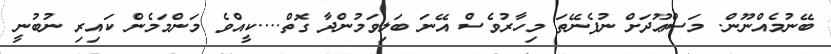
ބޭނުމެއްނޫން. މަސްޢޫދަށް ނުފެނޭތަ މިހާރުވެސް އޭނަ ބަލިވަމުންދާ ގޮތް....ކީއްވެ މަންމަމެން ކައިރި ނުބުނީ